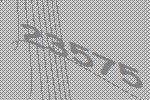
23575